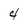
Character: 4